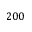
2 0 0